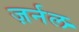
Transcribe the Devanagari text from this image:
ज़र्नल